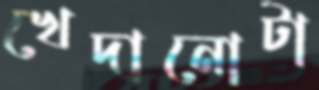
খেদানোটা